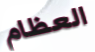
العظام